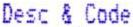
DESC & CODE